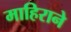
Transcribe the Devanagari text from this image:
माहिराने